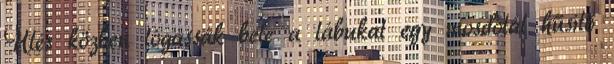
Ülés közben lógassák bele a lábukat egy mosdótál hűsítő